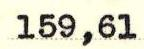
159,61